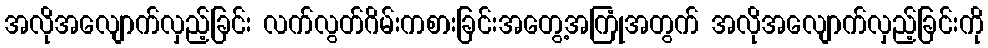
အလိုအလျောက်လှည့်ခြင်း လက်လွတ်ဂိမ်းကစားခြင်းအတွေ့အကြုံအတွက် အလိုအလျောက်လှည့်ခြင်းကို